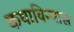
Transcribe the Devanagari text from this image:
कथाविन्यास